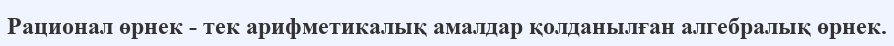
Рационал өрнек - тек арифметикалық амалдар қолданылған алгебралық өрнек.